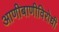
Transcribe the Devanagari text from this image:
आणीबाणीविरोधी